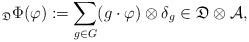
LaTeX: \begin{align*} _{\mathfrak{D} }\Phi (\varphi) := \sum_{g \in G} (g \cdot \varphi) \otimes \delta_g \in \mathfrak{D} \otimes \mathcal{A},\end{align*}